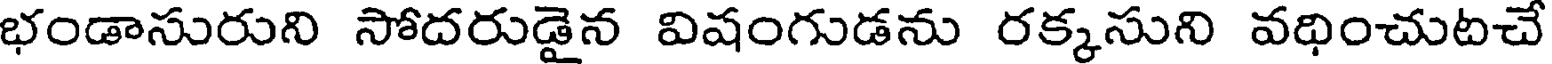
భండాసురుని సోదరుడైన విషంగుడను రక్కసుని వధించుటచే